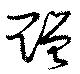
贈